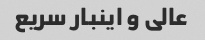
عالی و اینبار سریع